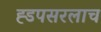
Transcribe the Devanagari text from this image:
ह्डपसरलाच